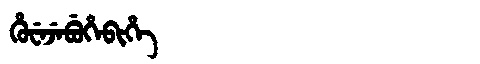
Manchu: ᡥᡠᠸᡝᠵᡝᠪᡠᡥᡝᠪᡳᡥᡝ
Romanization: HUWEJEBUHEBIHE